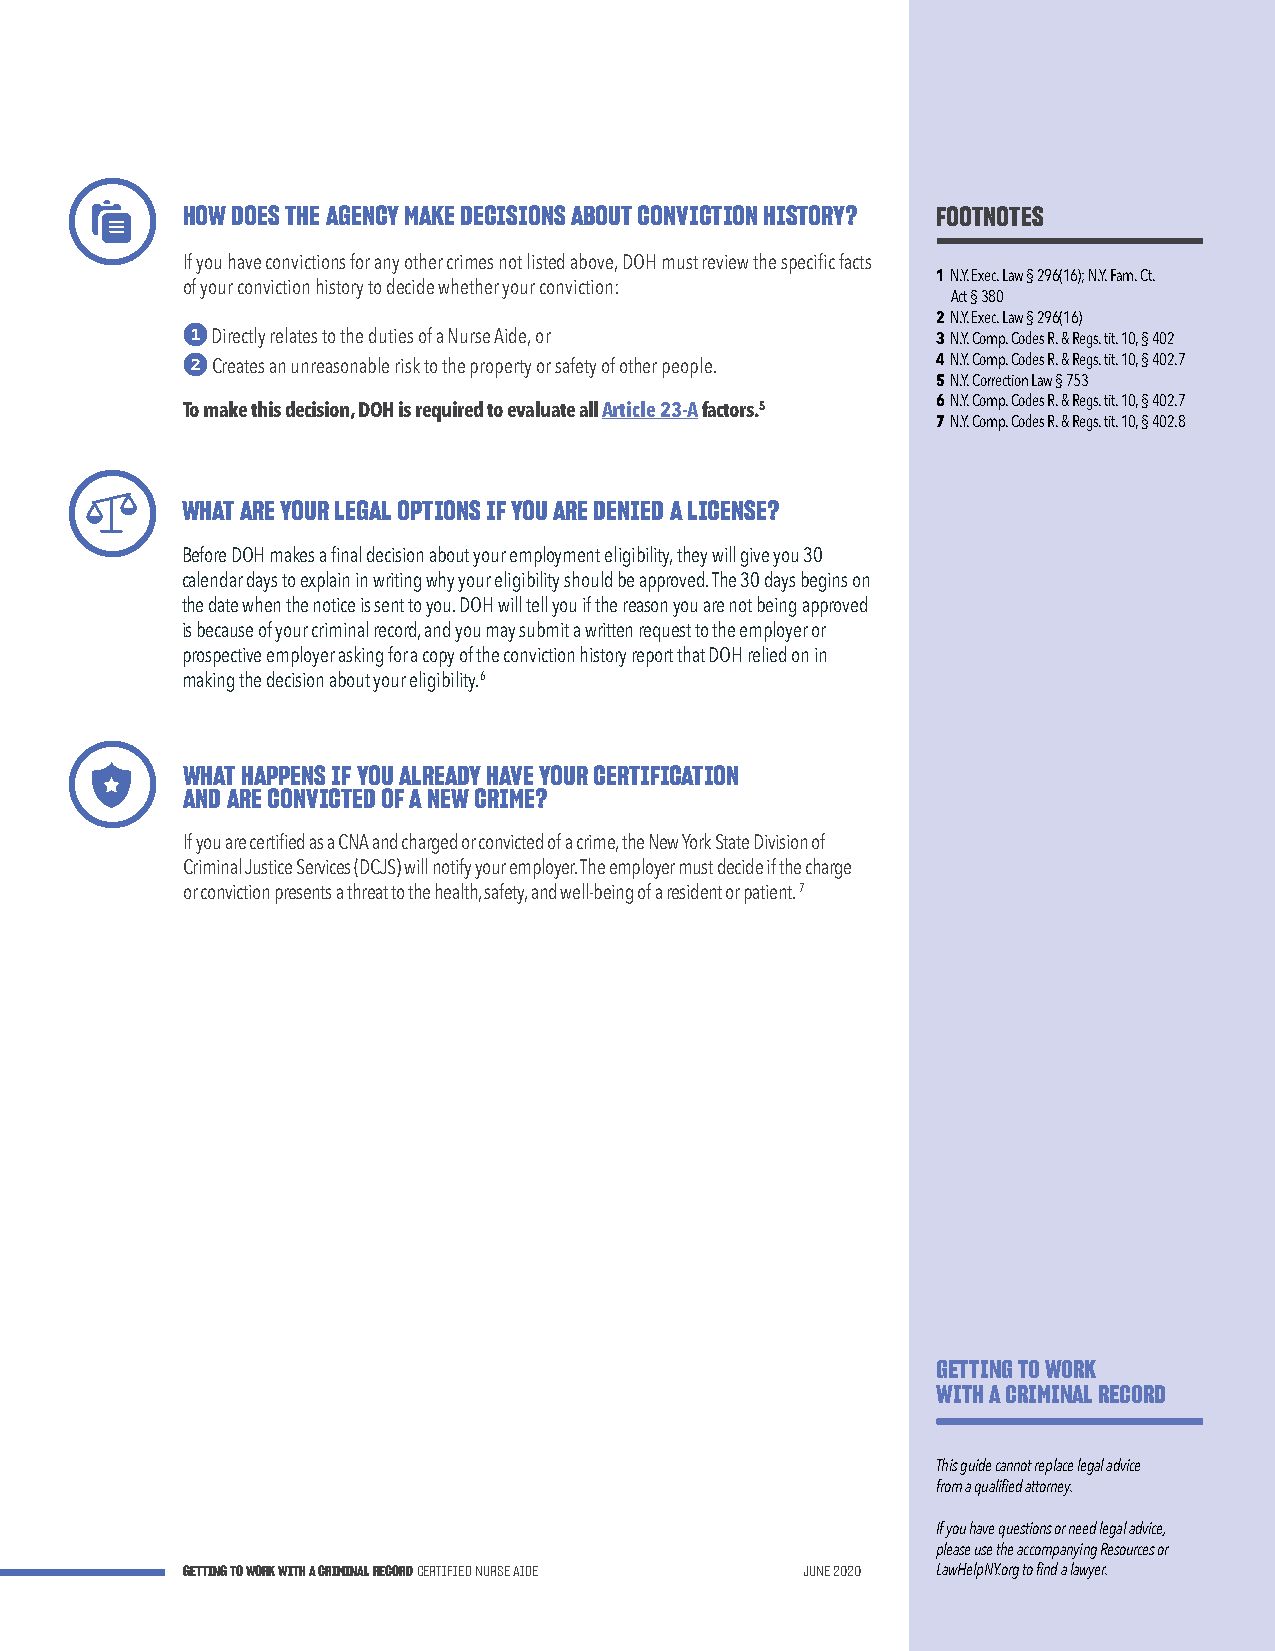
HOW DOES THE AGENCY MAKE DECISIONS ABOUT CONVICTION HISTORY? FOOTNOTES
 If you have convictions for any other crimes not listed above, DOH must review the specific facts
 1 N.Y. Exec. Law § 296(16); N.Y. Fam. Ct.
 of your conviction history to decide whether your conviction:
 Act § 380
 2 N.Y. Exec. Law § 296(16)
 1
 Directly relates to the duties of a Nurse Aide, or 3 N.Y. Comp. Codes R. & Regs. tit. 10, § 402
 2 Creates an unreasonable risk to the property or safety of other people. 4 N.Y. Comp. Codes R. & Regs. tit. 10, § 402.7
 5 N.Y. Correction Law § 753
 To make this decision, DOH is required to evaluate all Article 23-A factors.5 6 N.Y. Comp. Codes R. & Regs. tit. 10, § 402.7
 7 N.Y. Comp. Codes R. & Regs. tit. 10, § 402.8
 WHAT ARE YOUR LEGAL OPTIONS IF YOU ARE DENIED A LICENSE?
 Before DOH makes a final decision about your employment eligibility, they will give you 30
 calendar days to explain in writing why your eligibility should be approved. The 30 days begins on
 the date when the notice is sent to you. DOH will tell you if the reason you are not being approved
 is because of your criminal record, and you may submit a written request to the employer or
 prospective employer asking for a copy of the conviction history report that DOH relied on in
 making the decision about your eligibility.6
 WHAT HAPPENS IF YOU ALREADY HAVE YOUR CERTIFICATION
 AND ARE CONVICTED OF A NEW CRIME?
 If you are certified as a CNA and charged or convicted of a crime, the New York State Division of
 Criminal Justice Services (DCJS) will notify your employer. The employer must decide if the charge
 or conviction presents a threat to the health, safety, and well-being of a resident or patient. 7
 GETTING TO WORK
 WITH A CRIMINAL RECORD
 This guide cannot replace legal advice
 from a qualified attorney.
 If you have questions or need legal advice,
 please use the accompanying Resources or
 GETTING TO WORK WITH A CRIMINAL RECORD CERTIFIED NURSE AIDE JUNE 2020 LawHelpNY.org to find a lawyer.